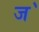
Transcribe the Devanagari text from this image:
ज॓